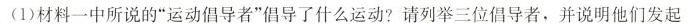
(1)材料一中所说的”运动倡导者”倡导了什么运动?请列举三位倡导者，并说明他们发起